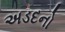
અડદનો